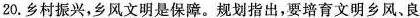
20.乡村振兴，乡风文明是保障。规划指出，要培育文明乡风、良